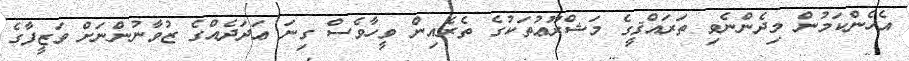
އެހެންކަމުން މިދެންނެވި ތަރައްޤީގެ މަޝްރޫޢުތަކުގެ ތެރެއިން ވީހާވެސް ގިނަ ޢަދަދެއްގެ ޒުވާނުންނަށް ވަޒީފާގެ